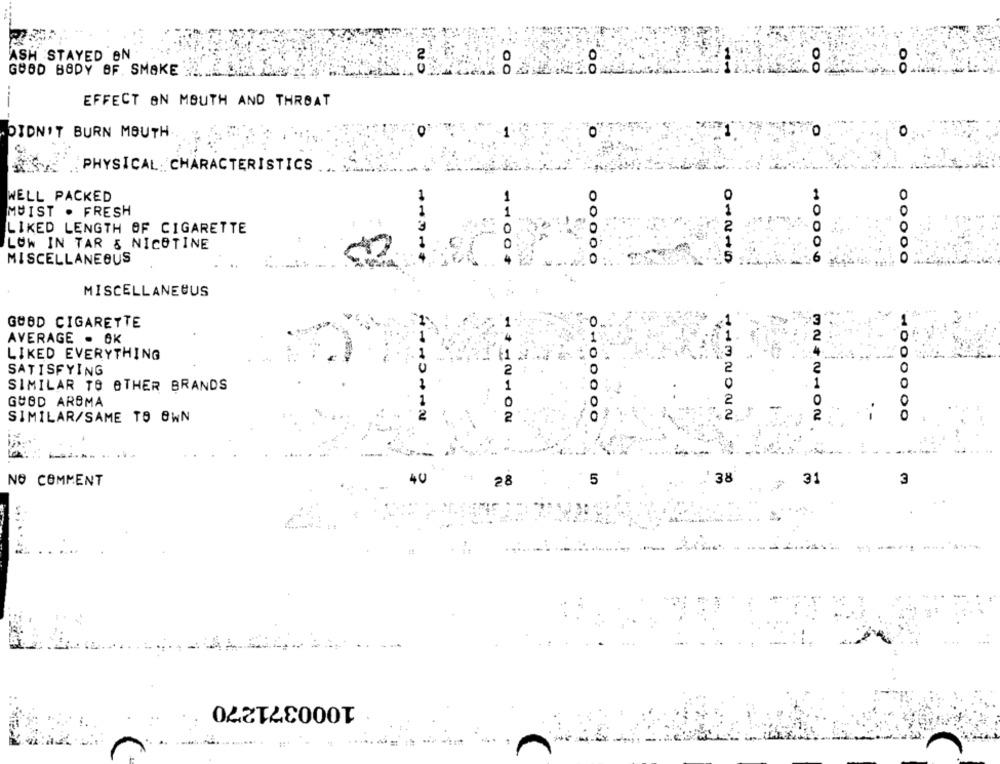
ASH STAYED BN
0
. O .
GOOD BODY OF SMOKE
00
EFFECT ON MOUTH AND THROAT
DIDN'T BURN MOUTH
PHYSICAL. CHARACTERISTICS
WELL PACKED
O
MUIST . FRESH
LIKED LENGTH OF CIGARETTE
LOW IN TAR & NICOTINE
1100
MISCELLANEOUS
10006
01215
MISCELLANEOUS
GUBD CIGARETTE
0
AVERAGE . GK
O
LIKED EVERYTHING
SATISFYING
0
SIMILAR TO OTHER BRANDS
GUBD ARBMA
2
0
SIMILAR/SAME TS OWN
0100000
3242102
40
28
5
38
31
3
NO COMMENT
1000371270